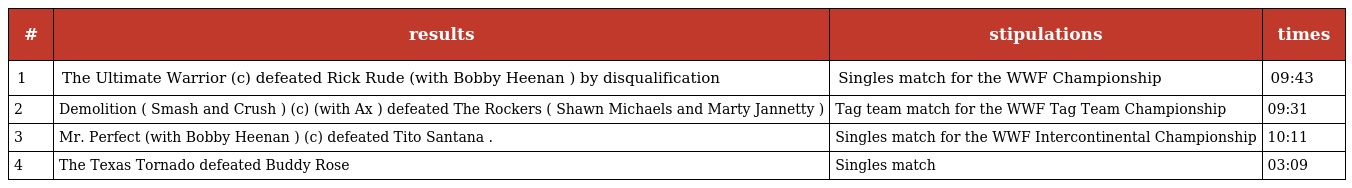
| # | results | stipulations | times |
 | --- | --- | --- | --- |
 | 1 | The Ultimate Warrior (c) defeated Rick Rude (with Bobby Heenan ) by disqualification | Singles match for the WWF Championship | 09:43 |
 | 2 | Demolition ( Smash and Crush ) (c) (with Ax ) defeated The Rockers ( Shawn Michaels and Marty Jannetty ) | Tag team match for the WWF Tag Team Championship | 09:31 |
 | 3 | Mr. Perfect (with Bobby Heenan ) (c) defeated Tito Santana . | Singles match for the WWF Intercontinental Championship | 10:11 |
 | 4 | The Texas Tornado defeated Buddy Rose | Singles match | 03:09 |